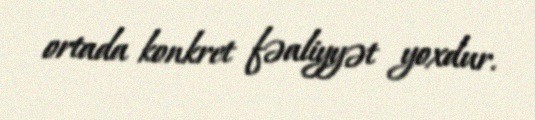
ortada konkret fəaliyyət yoxdur.